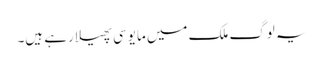
یہ لوگ ملک میں مایوسی پھیلا رہے ہیں۔